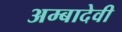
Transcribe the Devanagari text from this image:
अम्बादेवी